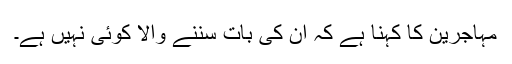
مہاجرین کا کہنا ہے کہ ان کی بات سننے والا کوئی نہیں ہے۔